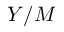
Y / M